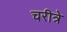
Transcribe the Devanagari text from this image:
चरीत्रे